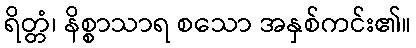
ရိတ္တံ၊ နိစ္စာသာရ စသော အနှစ်ကင်း၏။